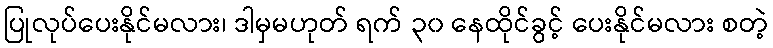
ပြုလုပ်ပေးနိုင်မလား၊ ဒါမှမဟုတ် ရက် ၃၀ နေထိုင်ခွင့် ပေးနိုင်မလား စတဲ့